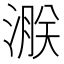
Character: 㴨